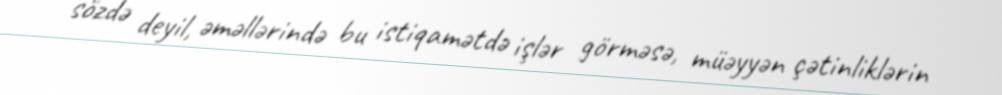
sözdə deyil, əməllərində bu istiqamətdə işlər görməsə, müəyyən çətinliklərin